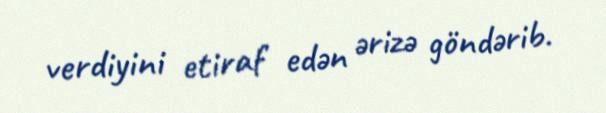
verdiyini etiraf edən ərizə göndərib.